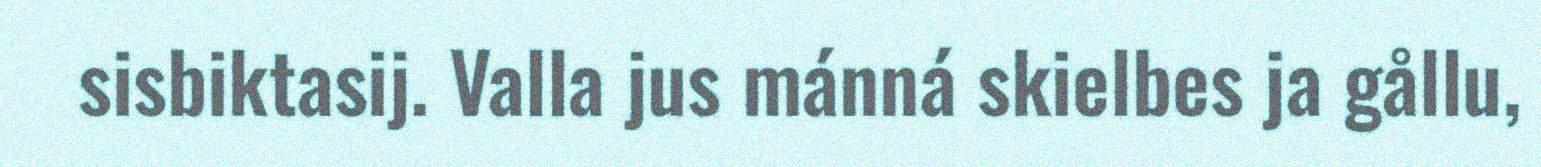
sisbiktasij. Valla jus mánná skielbes ja gållu,